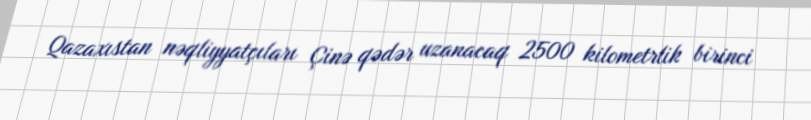
Qazaxıstan nəqliyyatçıları Çinə qədər uzanacaq 2500 kilometrlik birinci